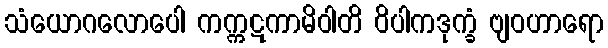
သံယောဂလောပေါ ကက္ကဋကာမိဝါတိ ဝိပါကဒုက္ခံ ဗျဝဟာရော